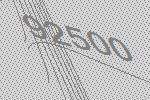
92500